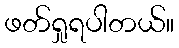
ဖတ်ရှုရပါတယ်။